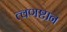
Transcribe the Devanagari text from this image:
त्वणष्टान